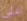
على